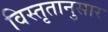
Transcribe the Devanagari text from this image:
विस्तृतानुसार